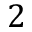
2